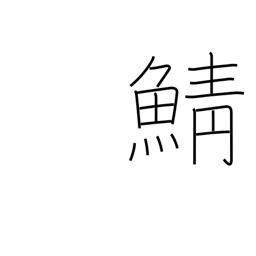
Meaning: mackerel